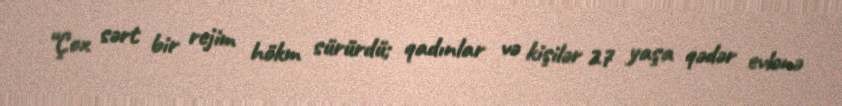
“Çox sərt bir rejim hökm sürürdü; qadınlar və kişilər 27 yaşa qədər evlənə